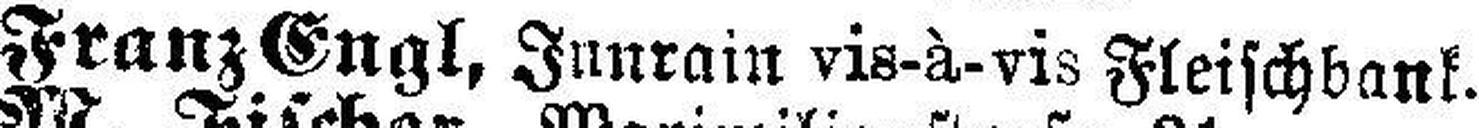
Franz Engl, Innrain vis-à-vis Fleischbank.